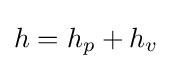
h=h_{p}+h_{v}